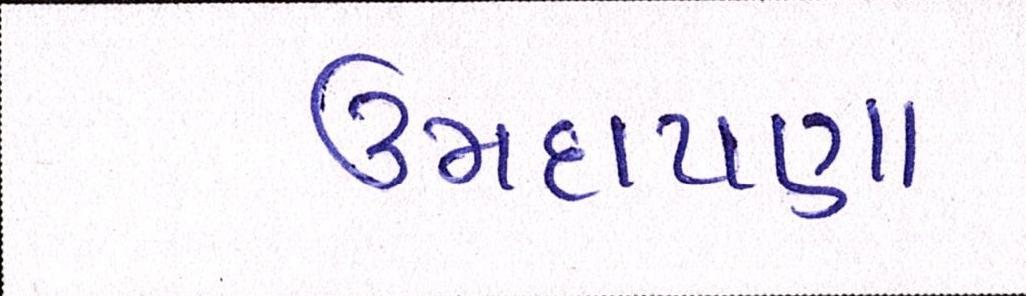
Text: ઉમદાપણા